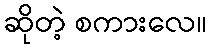
ဆိုတဲ့ စကားလေ။